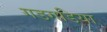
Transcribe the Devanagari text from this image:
गडगडिया